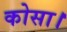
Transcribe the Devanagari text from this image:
कोसा।